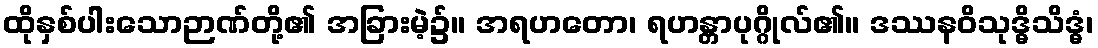
ထိုနှစ်ပါးသောဉာဏ်တို့၏ အခြားမဲ့၌။ အရဟတော၊ ရဟန္တာပုဂ္ဂိုလ်၏။ ဒဿနဝိသုဒ္ဓိသိဒ္ဓံ၊